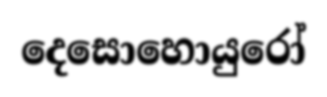
දෙසොහොයුරෝ